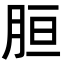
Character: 𦚸